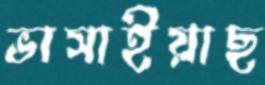
ভাসাইয়াছ